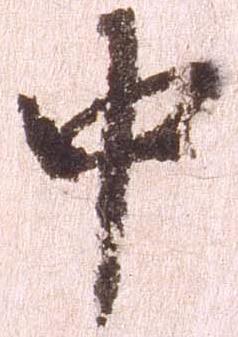
中